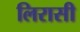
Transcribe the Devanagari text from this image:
लिरासी